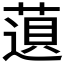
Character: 𬝿